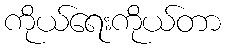
ကိုယ်ရေးကိုယ်တာ